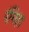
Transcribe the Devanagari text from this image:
रंगिहा